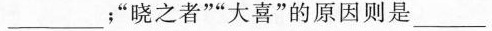
___；“晓之者””大喜”的原因则是___。